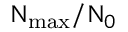
\Nu _ { \mathrm { m a x } } / \Nu _ { 0 }